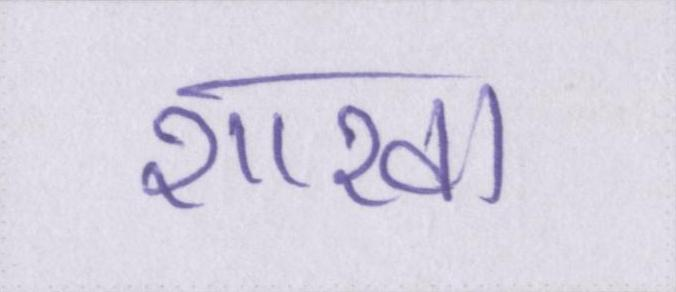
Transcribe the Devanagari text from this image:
शाखा